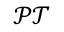
\mathcal { P } \mathcal { T }